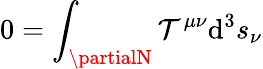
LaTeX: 0=\int_{\partialN}\mathcal{T}^{\mu\nu}\mathrm{{d}}^{3}s_{\nu}